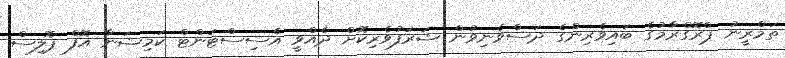
ތަމްރީނު ޕްރޮގްރާމުގެ ބައިވެރިންގެ ދަސްވެނިވުން ޝަރަފުވެރިކޮށް ދެއްވީ އެސިސްޓަންޓް ކަމިޝަނާ އޮފް ޕޮލިސް